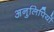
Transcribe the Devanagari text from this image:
अनुलिपियों